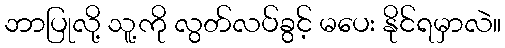
ဘာပြုလို့ သူ့ကို လွတ်လပ်ခွင့် မပေး နိုင်ရမှာလဲ။